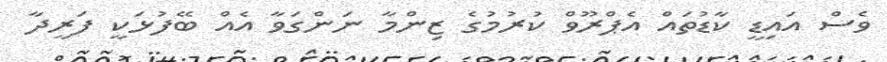
ވެސް އައިޑީ ކާޑުތައް އެޕްރޫވް ކުރުމުގެ ޒިންމާ ނަންގަވާ އެއް ބޭފުޅަކީ ފަރީދާ